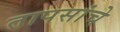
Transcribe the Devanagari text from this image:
तापसांचे